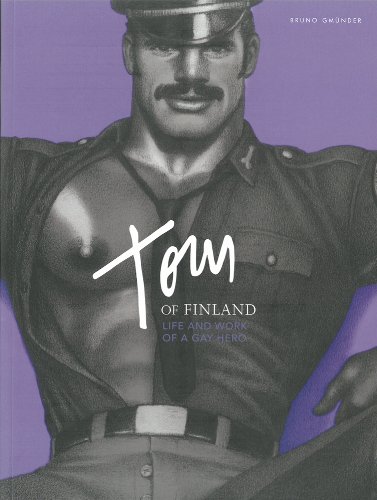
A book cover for Tom of Finland: Life and Work of a Gay Hero; F. Valentine, III Hooven; Comics & Graphic Novels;